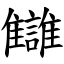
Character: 讎